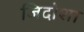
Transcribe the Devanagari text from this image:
जिदोशा